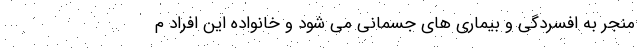
منجر به افسردگی و بیماری های جسمانی می شود و خانواده‌ این افراد م